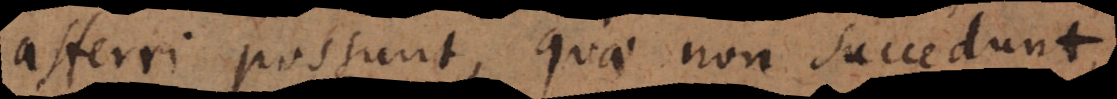
afferri possunt, quae non succedunt,